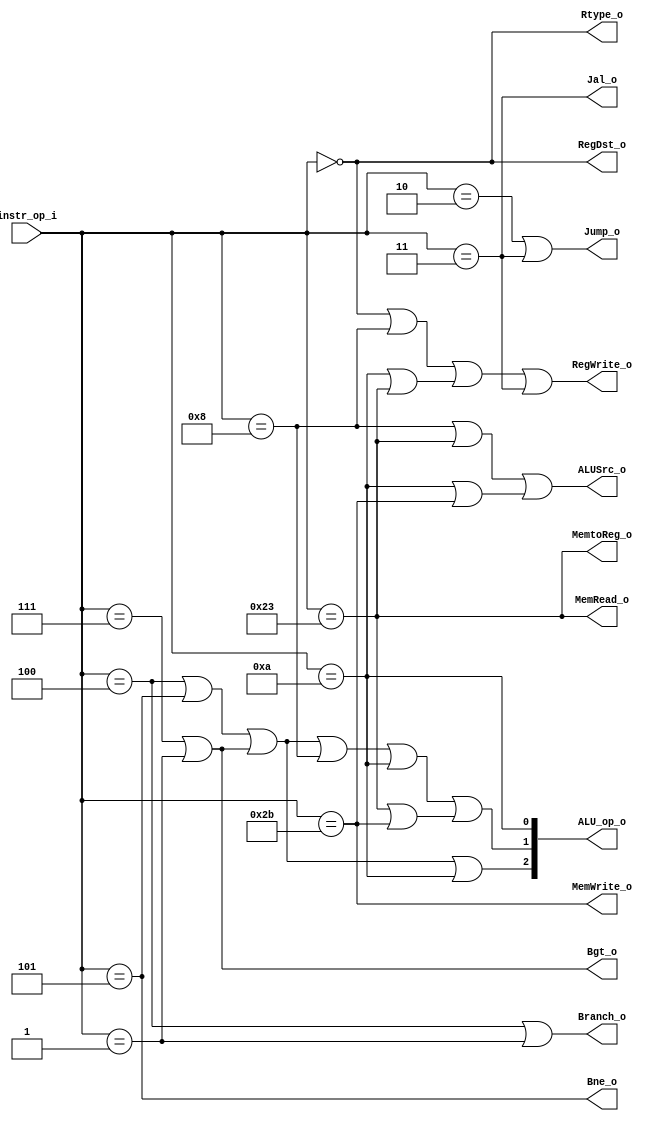
//0810740
//Subject:     CO project 2 - Decoder
//--------------------------------------------------------------------------------
//Version:     1
//--------------------------------------------------------------------------------
//Writer:      Luke
//----------------------------------------------
//Date:        
//----------------------------------------------
//Description: 
//--------------------------------------------------------------------------------
`timescale 1ns/1ps
module Decoder(
    instr_op_i,
	RegWrite_o,
	ALU_op_o,
	ALUSrc_o,
	RegDst_o,
	Branch_o,
	Bne_o,
	Bgt_o,
	Jump_o,
     MemRead_o,
        MemWrite_o,
        MemtoReg_o,
        Jal_o,
        Rtype_o
	);
     
//I/O ports
input  [6-1:0] instr_op_i;

output         RegWrite_o;
output [3-1:0] ALU_op_o;
output         ALUSrc_o;
output         RegDst_o;
output         Branch_o;
output         Bne_o;
output         Bgt_o;
output         Jump_o;
output         MemRead_o;
output         MemWrite_o;
output         MemtoReg_o;
output         Jal_o;
output         Rtype_o;
//Internal Signals


//Parameter

wire           RegWrite_o;
wire   [3-1:0] ALU_op_o;
wire           ALUSrc_o;
wire           RegDst_o;
wire           Branch_o;

wire rtype;
wire beq;
wire addi;
wire slti;
wire jump;    // 000010
wire lw;      // 100011
wire sw;      // 101011
wire jal;     // 000011
wire bne;
wire bge;
wire bgt;
//Main function

//process ALUop field
assign rtype = (instr_op_i==0);
assign beq   = (instr_op_i==4);
assign addi  = (instr_op_i==8);
assign slti =  (instr_op_i==10);
assign jump  = (instr_op_i==2);
assign lw    = (instr_op_i==35);
assign sw    = (instr_op_i==43);
assign jal   = (instr_op_i==3);
assign bne   = (instr_op_i==5);
assign bge   = (instr_op_i==1);
assign bgt   = (instr_op_i==7);
//process output signal
assign RegWrite_o = (((rtype | addi )| (slti|lw))|jal);
assign ALUSrc_o   = ((addi|lw) | (slti|sw) );//1 to use original 16bits
assign RegDst_o   = rtype;//1 for rd
assign Branch_o   = (beq|bge);
assign Bne_o   = (bne);
assign Bgt_o   = (bgt|bge);
assign Jump_o     = (jump | jal);
assign MemRead_o  = lw;
assign MemWrite_o = sw;
assign MemtoReg_o = lw;
assign Jal_o      = jal;
assign Rtype_o    = rtype;

//only use when there is another command than R-type
//by book==> rtype-->100  beq-->001  and addi subi doesn't influence the add or sub operation but we still only can use ALU_op_o as the command to alu
//so addi-->ALU need add-->0010-->010
//so slti-->ALU need slt-->0111-->111  
//so beq bne bgt bge-->ALU need sub-->0110-->110
//so lw/sw-->ALU need add-->0010-->010
assign ALU_op_o[2] = (((beq|bne)|( bgt|bge))| slti );
assign ALU_op_o[1] = (((((beq|bne)|( bgt|bge)) | addi )| slti)|(lw|sw));
assign ALU_op_o[0] = slti;

endmodule